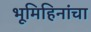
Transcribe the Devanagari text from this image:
भूमिहिनांचा